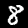
Label: 8